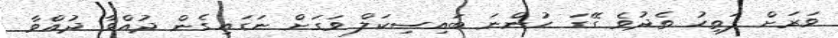
ވަރަށް ފަތިހު ތެދުވެ ގޭގަ ހުންނަ ބައިސިކަލް ވަގަށް ނަގައިގެން ދުއްވާ ދުއްވާ